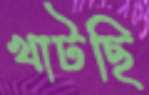
খাটছি